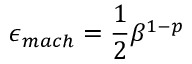
\epsilon _ { m a c h } = { \frac { 1 } { 2 } } \beta ^ { 1 - p }